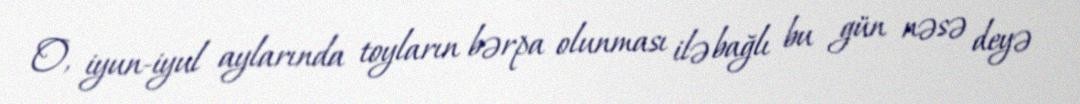
O, iyun-iyul aylarında toyların bərpa olunması ilə bağlı bu gün nəsə deyə